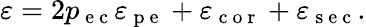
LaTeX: \varepsilon=2p_{\mathrm{~e~c~}}\varepsilon_{\mathrm{~p~e~}}+\varepsilon_{\mathrm{~c~o~r~}}+\varepsilon_{\mathrm{~s~e~c~}}.